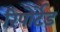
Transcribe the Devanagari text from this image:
रिपोर्टेड